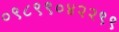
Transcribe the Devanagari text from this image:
०९८९९०४२२९९